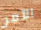
الأمر